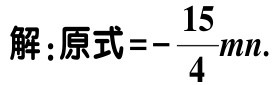
解：原式\(=-\frac{15}{4}mn\).